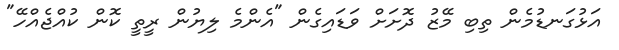
އަޅުގަނޑުމެން ތިބި މޭޒު ދޮށަށް ވަޑައިގެން "އެންމެ ލިޔުން ރީތީ ކޮން ކުއްޖެއްހޭ"